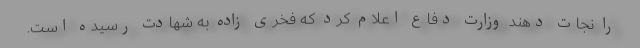
را نجات دهند وزارت دفاع اعلام کرد که فخری زاده به شهادت رسیده است.